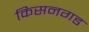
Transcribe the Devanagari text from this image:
किसनगड